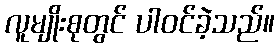
လူမျိုးစုတွင် ပါဝင်ခဲ့သည်။